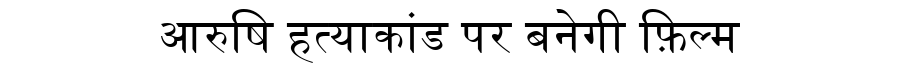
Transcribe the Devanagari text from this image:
आरुषि हत्याकांड पर बनेगी फ़िल्म